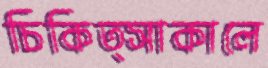
চিকিত্সাকালে